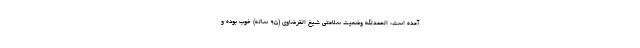
آمده است: الحمدالله وضعیت سلامتی شیخ القرضاوی (۹۵ ساله) خوب بوده و